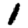
Digit: 1